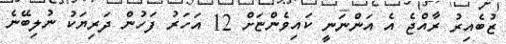
ޒުބެއިރު ރާއްޖެ އެ އަންނަނީ ކައިވެންޏަށް 12 އަހަރު ފަހުން ދަރިޔަކު ނުލިބޭނެ